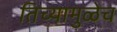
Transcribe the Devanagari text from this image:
तिच्यामुळेच